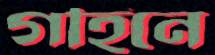
গহিনে